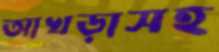
আখড়াসহ